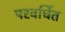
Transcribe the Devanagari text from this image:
परवर्धित